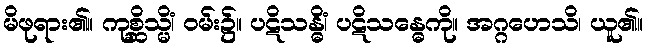
မိဖုရား၏။ ကုစ္ဆိသ္မိံ၊ ဝမ်း၌။ ပဋိသန္ဓိံ၊ ပဋိသန္ဓေကို။ အဂ္ဂဟေသိ၊ ယူ၏။